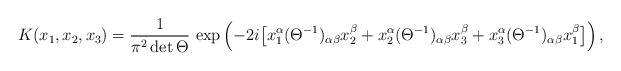
LaTeX: \begin{align*}K(x_1,x_2,x_3)=\frac{1}{\pi^2\det\Theta}\,\exp\left(-2i\bigl[x_1^{\alpha}(\Theta^{-1})_{\alpha\beta}x_2^{\beta}+x_2^{\alpha}(\Theta^{-1})_{\alpha\beta}x_3^{\beta}+x_3^{\alpha}(\Theta^{-1})_{\alpha\beta}x_1^{\beta}\bigr]\right),\end{align*}